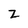
Character: Z